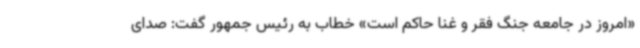
«امروز در جامعه جنگ فقر و غنا حاکم است» خطاب به رئیس جمهور گفت: صدای